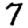
Digit: 7